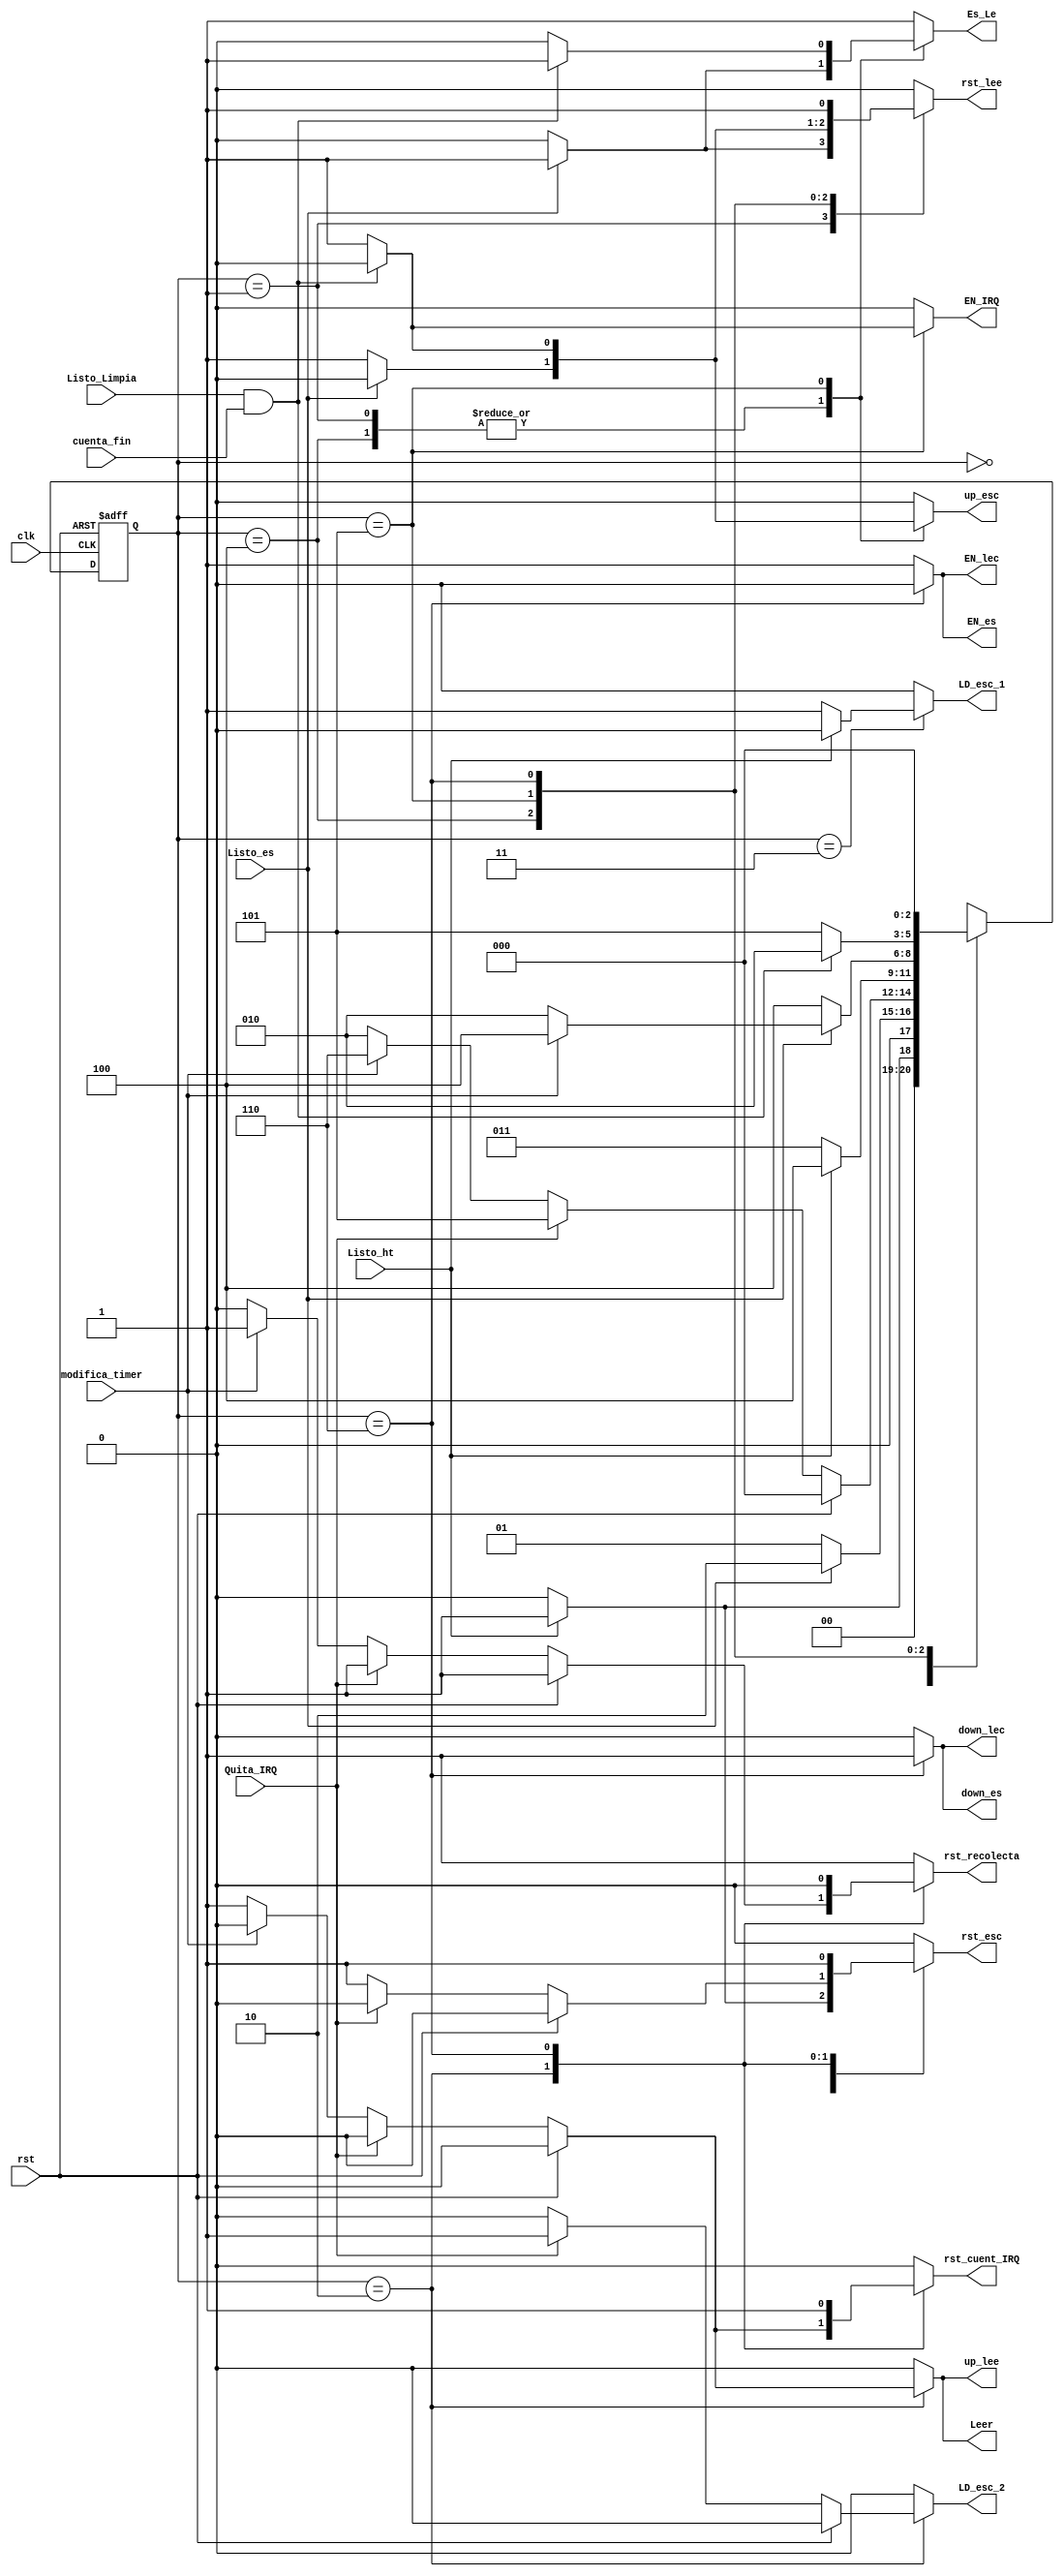
`timescale 1ns / 1ps

module Control_RTC(
	 input clk,rst,modifica_timer,Quita_IRQ,
	 input Listo_ht,Listo_es,Listo_Limpia,cuenta_fin,
	 output reg rst_lee,down_es,down_lec,EN_es,EN_lec,//RTC,LD_par,EN_par,rst_par,rst_Listo,
	 output reg rst_esc,up_esc,LD_esc_1,LD_esc_2,Es_Le,Leer,up_lee,rst_cuent_IRQ,EN_IRQ,rst_recolecta
    );

reg [2:0] estado_act,estado_prox;

always @(posedge clk, posedge rst)
	begin 
	if (rst)begin
		estado_act <= 3'd6;
	end else begin 
		estado_act<=estado_prox;end 
	end

always@*begin
  estado_prox=estado_act;
  rst_lee=0;down_es=0;down_lec=0;EN_es=1;EN_lec=1;//RTC=1;LD_par=0;EN_par=1;rst_par=0;rst_Listo=0;
  rst_esc=0;up_esc=0;LD_esc_1=0;LD_esc_2=0;Es_Le=1;Leer=0;up_lee=0;rst_cuent_IRQ=0;EN_IRQ=0;
  rst_recolecta=1;
  case(estado_act)
  3'd0: begin
			if(Listo_ht==0)begin
				//RTC=0;EN_par=1;
				estado_prox=3'd0;end
				else begin 
					rst_esc=1;
					estado_prox=3'd1; end 
			end
  3'd1: begin
			if(Listo_es==0)begin
				/*RTC=0;*/Es_Le=0;up_esc=1;
				estado_prox=3'd1; end
				else begin
					rst_lee=1;
					estado_prox=3'd2; end
			end
	3'd2: begin
			if(rst==1)begin
					//rst_par=1;rst_Listo=1;
					estado_prox=3'd0;end
					else if(Quita_IRQ==1)begin
								LD_esc_2=1;
								estado_prox=3'd5; end
								else if(modifica_timer==1)begin
										rst_esc=1;
										estado_prox=3'd6; end
										else begin 
										Leer=1;up_lee=1; Es_Le=1;rst_esc=1;
										rst_cuent_IRQ=1; /*LD_par=1; EN_par=1; 
										rst_Listo=1;*/rst_recolecta=0;
										estado_prox=3'd2; end 
			end
	3'd3: begin
			if(Listo_ht==0)begin
				/*EN_par=1;RTC=0;*/LD_esc_1=1;
				estado_prox=3'd3; end
				else begin
					estado_prox=3'd4; end
			end
	3'd4: begin
			if(Listo_es==0)begin
				Es_Le=0;up_esc=1;rst_lee=1;//RTC=0;
				estado_prox=3'd4; end
				else if (modifica_timer==1)begin
						//RTC=0; 
						estado_prox=3'd4;end
				else begin
					estado_prox=3'd2; end
			end
	3'd5: begin
			if((Listo_Limpia==1)&&(cuenta_fin==1))begin
				estado_prox=3'd2;end
				else begin
					Es_Le=0;up_esc=1;rst_lee=1;EN_IRQ=1;
					estado_prox=3'd5;end
			end
	3'd6: begin
			rst_lee=1;//rst_par=1;rst_Listo=0;
		   rst_esc=1;rst_cuent_IRQ=1;
		   rst_recolecta=0;
			down_es=1;down_lec=1;EN_es=0;EN_lec=0;
			estado_prox=3'd0;
			end
	default: begin
				estado_prox= 3'dx;end
	endcase
	end	
endmodule